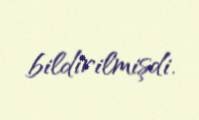
bildirilmişdi.